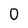
Character: 0